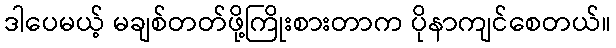
ဒါပေမယ့် မချစ်တတ်ဖို့ကြိုးစားတာက ပိုနာကျင်စေတယ်။